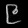
Digit: ၉